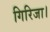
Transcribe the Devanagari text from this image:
गिरिजा।